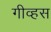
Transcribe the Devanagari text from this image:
गीव्हस